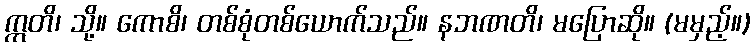
ဣတိ၊ သို့။ ကောစိ၊ တစ်စုံတစ်ယောက်သည်။ နဘဏတိ၊ မပြောဆို။ (မမှည့်။)